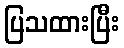
ပြသထားပြီး